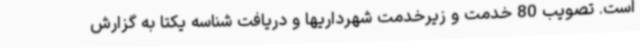
است. تصویب 80 خدمت و زیرخدمت شهرداریها و دریافت شناسه یکتا به گزارش